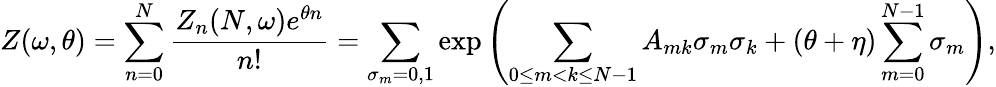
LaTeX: Z(\omega,\theta)=\sum_{n=0}^{N}\frac{Z_{n}(N,\omega)e^{\theta n}}{n!}=\sum_{\sigma_{m}=0,1}\exp\left(\sum_{0\le m<k\le N-1}A_{mk}\sigma_{m}\sigma_{k}+(\theta+\eta)\sum_{m=0}^{N-1}\sigma_{m}\right),